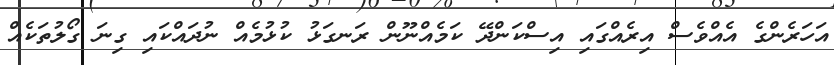
އަހަރެންގެ އެއްވެސް އިރެއްގައި އިސްކަންދޭ ކަމެއްނޫން ރަނގަޅު ކުޅުމެއް ނުދައްކައި ގިނަ ގޯލުތަކެއް